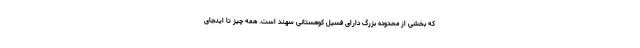
که بخشی از محدوده بزرگ دارای فسیل کوهستانی سهند است. همه چیز تا اینجای